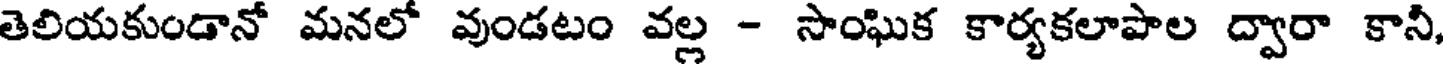
తెలియకుండానో మనలో వుండటం వల్ల - సాంఘిక కార్యకలాపాల ద్వారా కానీ,